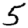
Digit: 5